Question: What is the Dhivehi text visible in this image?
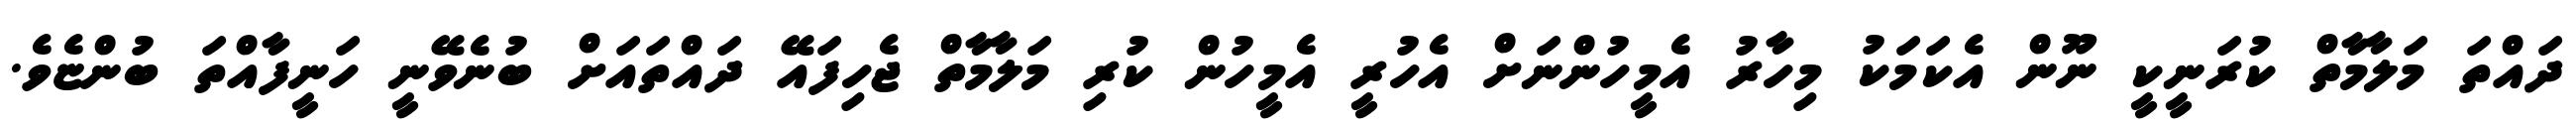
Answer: ދައްތަ މަލާމާތް ކުރަނީކީ ނޫން އެކަމަކު މިހާރު އެމީހުންނަށް އެހުރީ އެމީހުން ކުރި މަލާމާތް ޖެހިފައޭ ދައްތައަށް ބުނެވޭނީ ހަނީފާއްތަ ބުންޏެވެ.